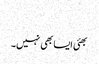
​
بھئی ایسا بھی نہیں۔